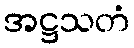
အဋ္ဌသတံ